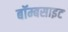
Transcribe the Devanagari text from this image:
बॉम्बसाइट